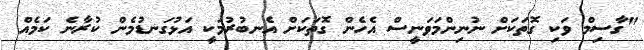
"ގާސިމް ވަކި ގޮތަކަށް ނުނިންމަވަނީސް އެހެން ގޮތަކަށް އެނބުރުމަކީ އަޅުގަނޑުމެން ކުރާނެ ކަމެއް